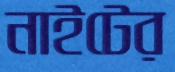
নাইটের